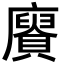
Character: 𮚥